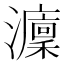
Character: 𤃢